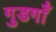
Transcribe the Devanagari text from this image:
गुडगाँ